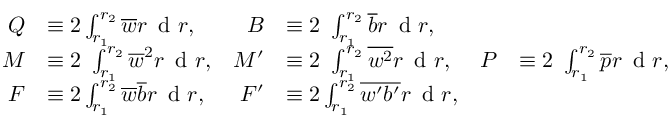
\begin{array} { r l r l r l } { Q } & { \equiv 2 \int _ { r _ { 1 } } ^ { r _ { 2 } } \overline { { w } } r \, \textnormal { d } r , } & { B } & { \equiv 2 \ \int _ { r _ { 1 } } ^ { r _ { 2 } } \overline { { b } } r \, \textnormal { d } r , } & & { } \\ { M } & { \equiv 2 \ \int _ { r _ { 1 } } ^ { r _ { 2 } } \overline { { w } } ^ { 2 } r \, \textnormal { d } r , } & { M ^ { \prime } } & { \equiv 2 \ \int _ { r _ { 1 } } ^ { r _ { 2 } } \overline { { w ^ { 2 } } } r \, \textnormal { d } r , } & { P } & { \equiv 2 \ \int _ { r _ { 1 } } ^ { r _ { 2 } } \overline { { p } } r \, \textnormal { d } r , } \\ { F } & { \equiv 2 \int _ { r _ { 1 } } ^ { r _ { 2 } } \overline { { w } } \overline { { b } } r \, \textnormal { d } r , } & { F ^ { \prime } } & { \equiv 2 \int _ { r _ { 1 } } ^ { r _ { 2 } } \overline { { w ^ { \prime } b ^ { \prime } } } r \, \textnormal { d } r , } & & { } \end{array}